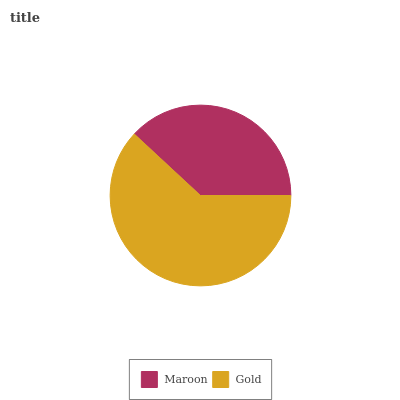
| Maroon | Gold |
 | --- | --- |
 | 38.1% | 61.9% |